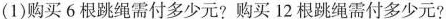
(1)购买6根跳绳需付多少元?购买12根跳绳需付多少元?